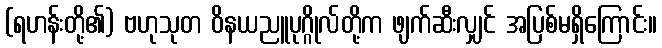
(ရဟန်းတို့၏) ဗဟုသုတ ဝိနယညူပုဂ္ဂိုလ်တို့က ဖျက်ဆီးလျှင် အပြစ်မရှိကြောင်း။